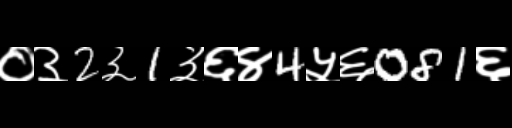
Text: ०३2३1३६४4५६081६